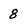
Character: 8